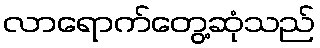
လာရောက်တွေ့ဆုံသည်